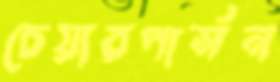
চেয়ারপার্সন